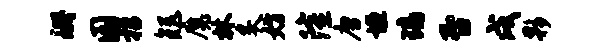
珊圜招矩魔林炙妨隆唐垣璃否戌夥